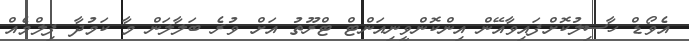
އެވޯޑް ހާސިލުކޮށްފައިވާއޭން އިންކޮންވީނިއަންޓް ޓްރޫތު އަށް ވުރެ ބަލާލަން މާ ކަމުދާ ފިލްމެއް